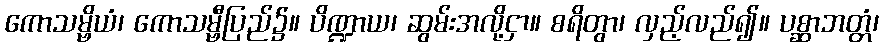
ကောသမ္ဗိယံ၊ ကောသမ္ဗီပြည်၌။ ပိဏ္ဍာယ၊ ဆွမ်းအလို့ငှာ။ စရိတွာ၊ လှည့်လည်၍။ ပစ္ဆာဘတ္တံ၊